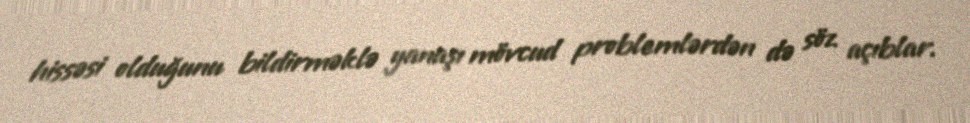
hissəsi olduğunu bildirməklə yanaşı mövcud problemlərdən də söz açıblar.